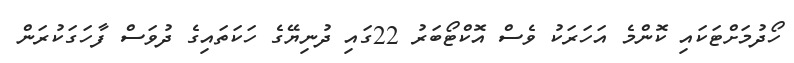
ހޯދުމަށްޓަކައި ކޮންމެ އަހަރަކު ވެސް އޮކްޓޯބަރު 22ގައި ދުނިޔޭގެ ހަކަތައިގެ ދުވަސް ފާހަގަކުރަން